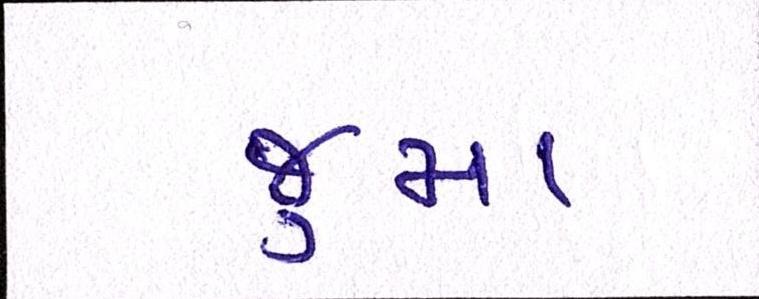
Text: જુમા